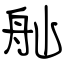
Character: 舢